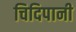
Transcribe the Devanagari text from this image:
चिदिपानी